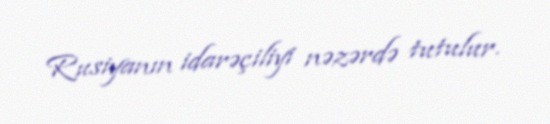
Rusiyanın idarəçiliyi nəzərdə tutulur.